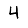
Digit: 4